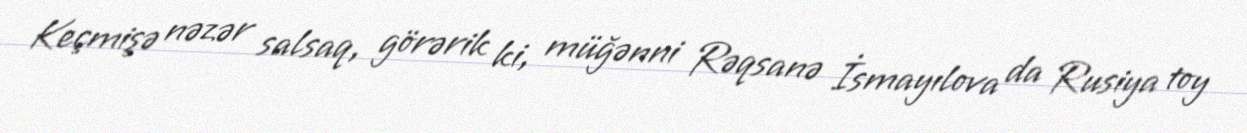
Keçmişə nəzər salsaq, görərik ki, müğənni Rəqsanə İsmayılova da Rusiya toy